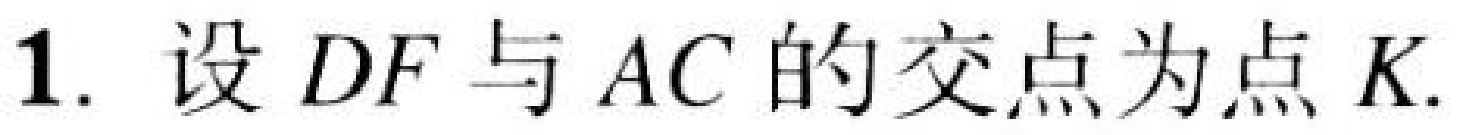
1. 设 \(DF\) 与 \(AC\) 的交点为点 \(K\).